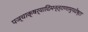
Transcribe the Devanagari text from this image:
पञ्चाक्षर्यादिमन्त्राणामुपदेष्टा